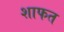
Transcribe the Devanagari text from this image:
शाफत